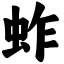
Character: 蚱